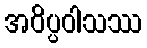
အဝိပ္ပဝါသဿ